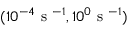
( 1 0 ^ { - 4 } \mathrm { ~ s ~ } ^ { - 1 } , 1 0 ^ { 0 } \mathrm { ~ s ~ } ^ { - 1 } )